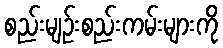
စည်းမျဉ်းစည်းကမ်းများကို